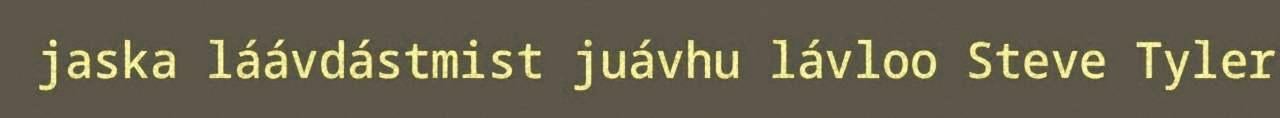
jaska láávdástmist juávhu lávloo Steve Tyler